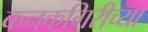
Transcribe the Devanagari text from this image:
कनकगिरीच्या